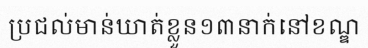
ប្រជល់មាន់ឃាត់ខ្លួន១៣នាក់នៅខណ្ឌ